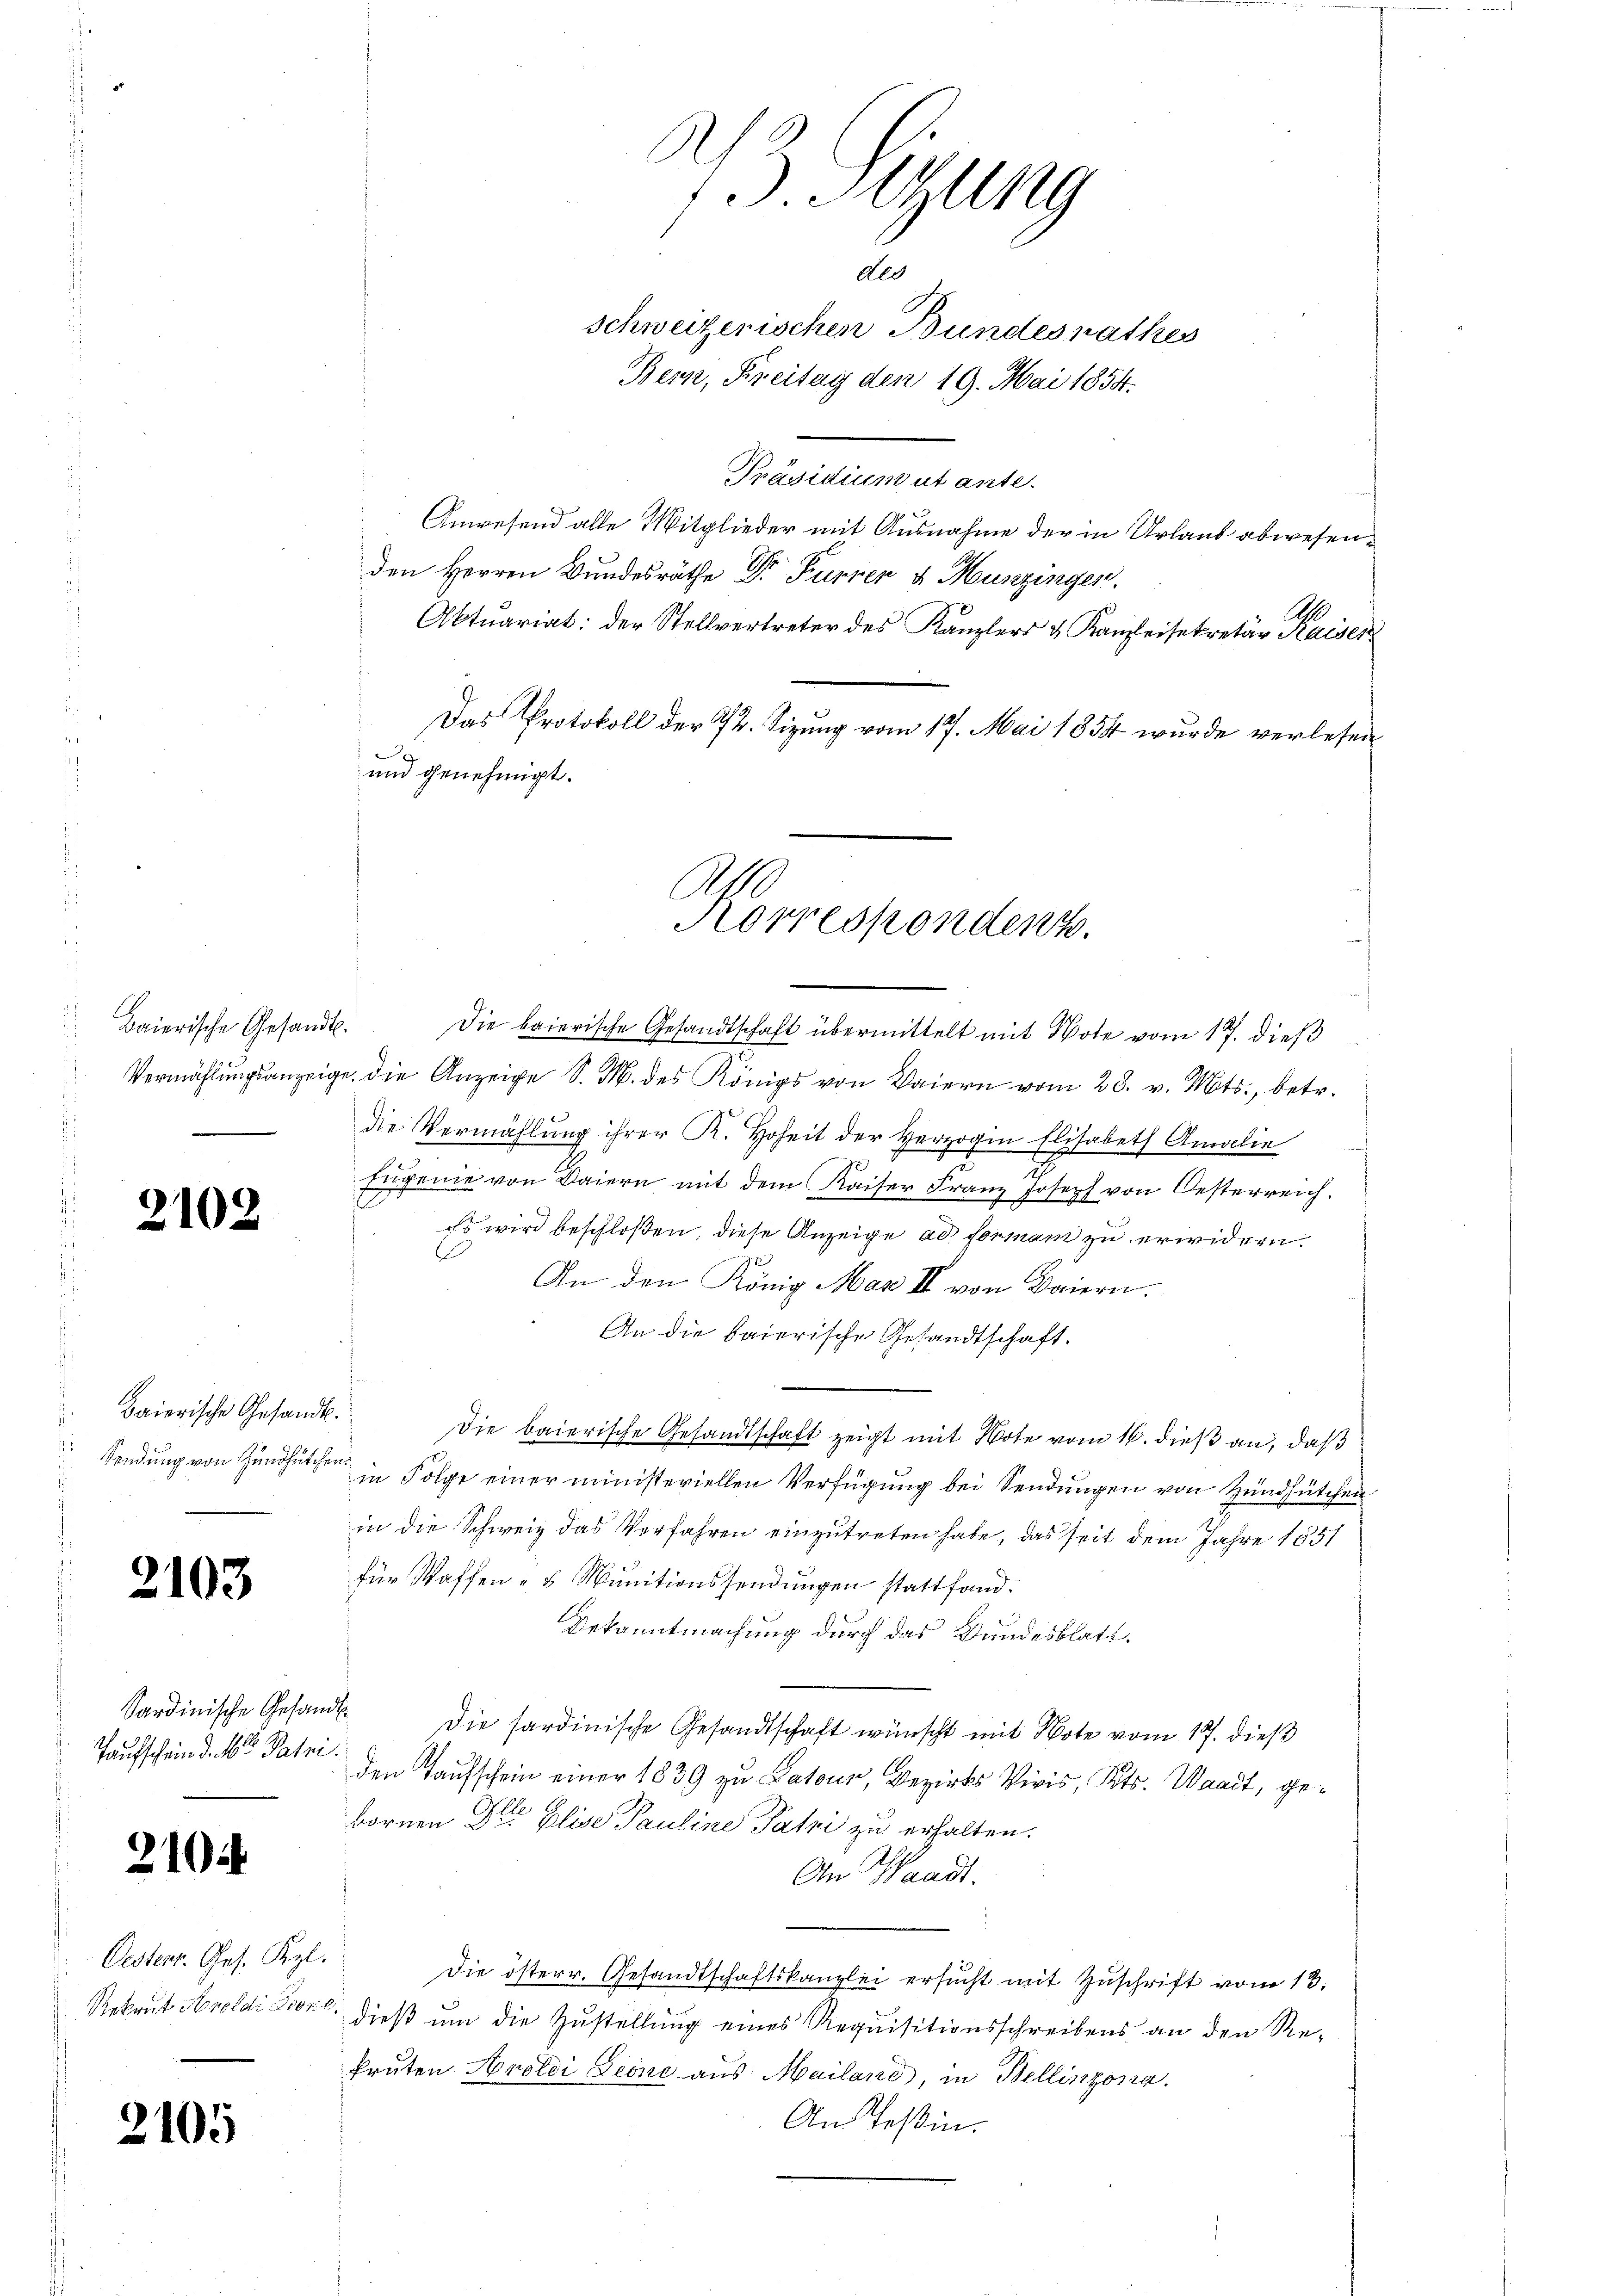
Baierische Gesandt.

2102

Baierische Gesandt.
Sendung von Zündhütchen

2103

Taufschein d. M. Patri

2104

Oestenz. Ges. Kzl.

2105

13. Jung
ded
schweizerischen Bundesrathes
Bern, Freitag den 19. Mai 1854.

Präsidium ut ante.
Anwesend alle Mitglieder mit Ausnahme der in Urlaub abwesenden Herren Bundesräthe Dr. Puppen & Munzingen.
Aktuariat: der Stellvertreter des Kanzlers & Kanzleisekretär Kaisen
Das Protokoll der 72. Sizung vom 17. Mai 1854 wurde verlesen
 |
und genehmigt.
A

Korrespondenz.

Die baierische Gesandtschaft übermittelt mit Note vom 17. dieß
Vermählŭngsanzeige, die Anzeige S. M. des Königs von Baiern vom 28. v. Mts., betr.
die Vermählung ihrer K. Hoheit der Herzogin
Elisabeth Amalie
Eugenie von Baiern mit dem Kaiser Franz Joseph von Oesterreich.
 wird beschloßen, diese Anzeige ad forman zu erwidern.
An den König. Max II von Baiern.
An die baierische Gesandtschaft.
Die baierische Gesandtschaft zeigt mit Note vom 16. dieß an, daß
in Folge einer ministeriellen Verfügung bei Sendungen von Hundsütchen
in die Schweiz das Verfahren einzutreten habe, das seit dem Jahre 1851
für Waffen- & Munitionssendungen stattfand.
Dekanntmachung durch das Bundesblatt.
Sardinische Gesandt die sardinische Gesandtschaft wünscht mit Note vom 17. dieß
den Taufschein einer 1839 zu Lateur, Bezirks Vivis, Kts. Waadt, gebornen Die Elise Pauline Patri zu erhalten.
An Waadt.
Die österr. Gesandtschaftskanzlei ersŭcht mit Zŭschrift vom 13.
 Rekrut Aroldi Fiore, dieß um die Zustellung eines Requisitionsschreibens an den Rekruten Arolci Leone aus Mailand, in Bellinzona.
An Teßin.